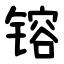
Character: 镕